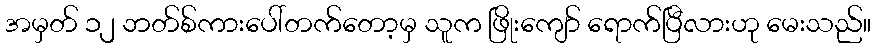
အမှတ် ၁၂ ဘတ်စ်ကားပေါ်တက်တော့မှ သူက ဖြိုးကျော် ရောက်ပြီလားဟု မေးသည်။